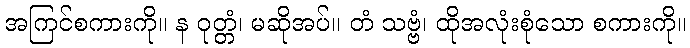
အကြင်စကားကို။ န ဝုတ္တံ၊ မဆိုအပ်။ တံ သဗ္ဗံ၊ ထိုအလုံးစုံသော စကားကို။